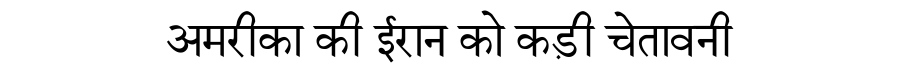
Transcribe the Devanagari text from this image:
अमरीका की ईरान को कड़ी चेतावनी